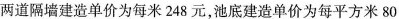
两道隔墙建造单价为每米248元，池底建造单价为每平方米80